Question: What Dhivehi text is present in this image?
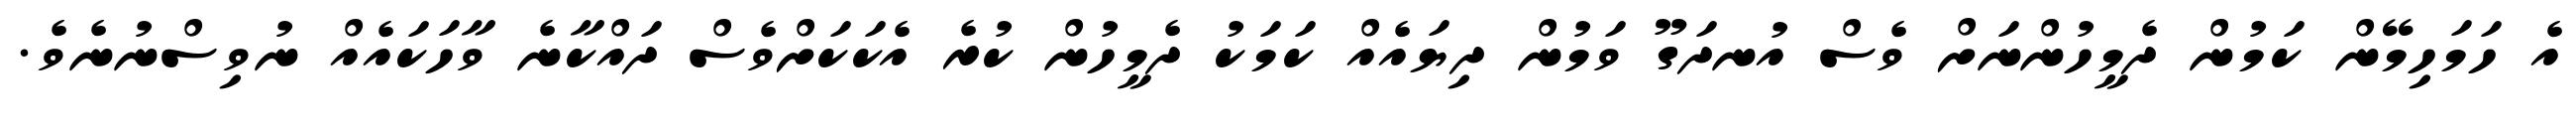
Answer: އެ ހަމަހިމޭން ކަމުން ދެމީހުންނަށް ވެސް އުނދަގޫ ވަމުން ދިޔައެއް ކަމަކު ދެމީހުން ކުރެ އެކަކަށްވެސް ދައްކާނެ ވާހަކައެއް ނުވިސްނުނެވެ.